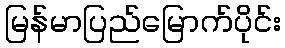
မြန်မာပြည်မြောက်ပိုင်း